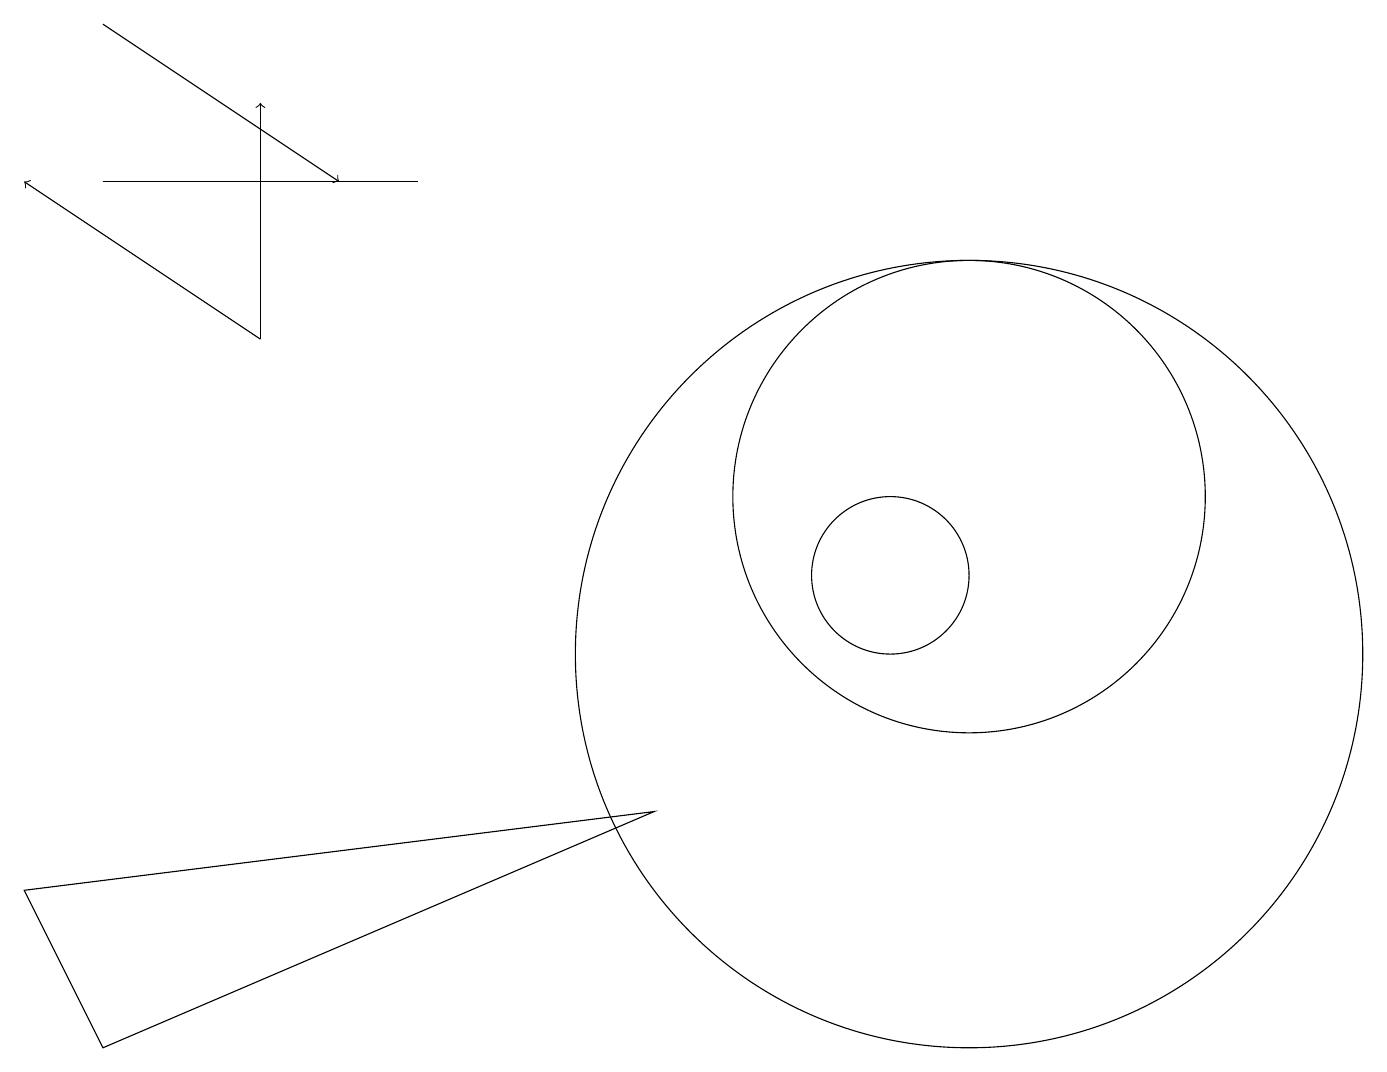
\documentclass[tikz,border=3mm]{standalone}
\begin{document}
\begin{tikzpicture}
\draw (12,10) circle (5);
\draw (12,12) circle (3);
\draw (1,16) rectangle (5,16);
\draw[->] (3,14) -- (0,16);
\draw (11,11) circle (1);
\draw[->] (3,14) -- (3,17);
\draw (8,8) -- (0,7) -- (1,5) -- cycle;
\draw[->] (1,18) -- (4,16);
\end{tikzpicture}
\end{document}